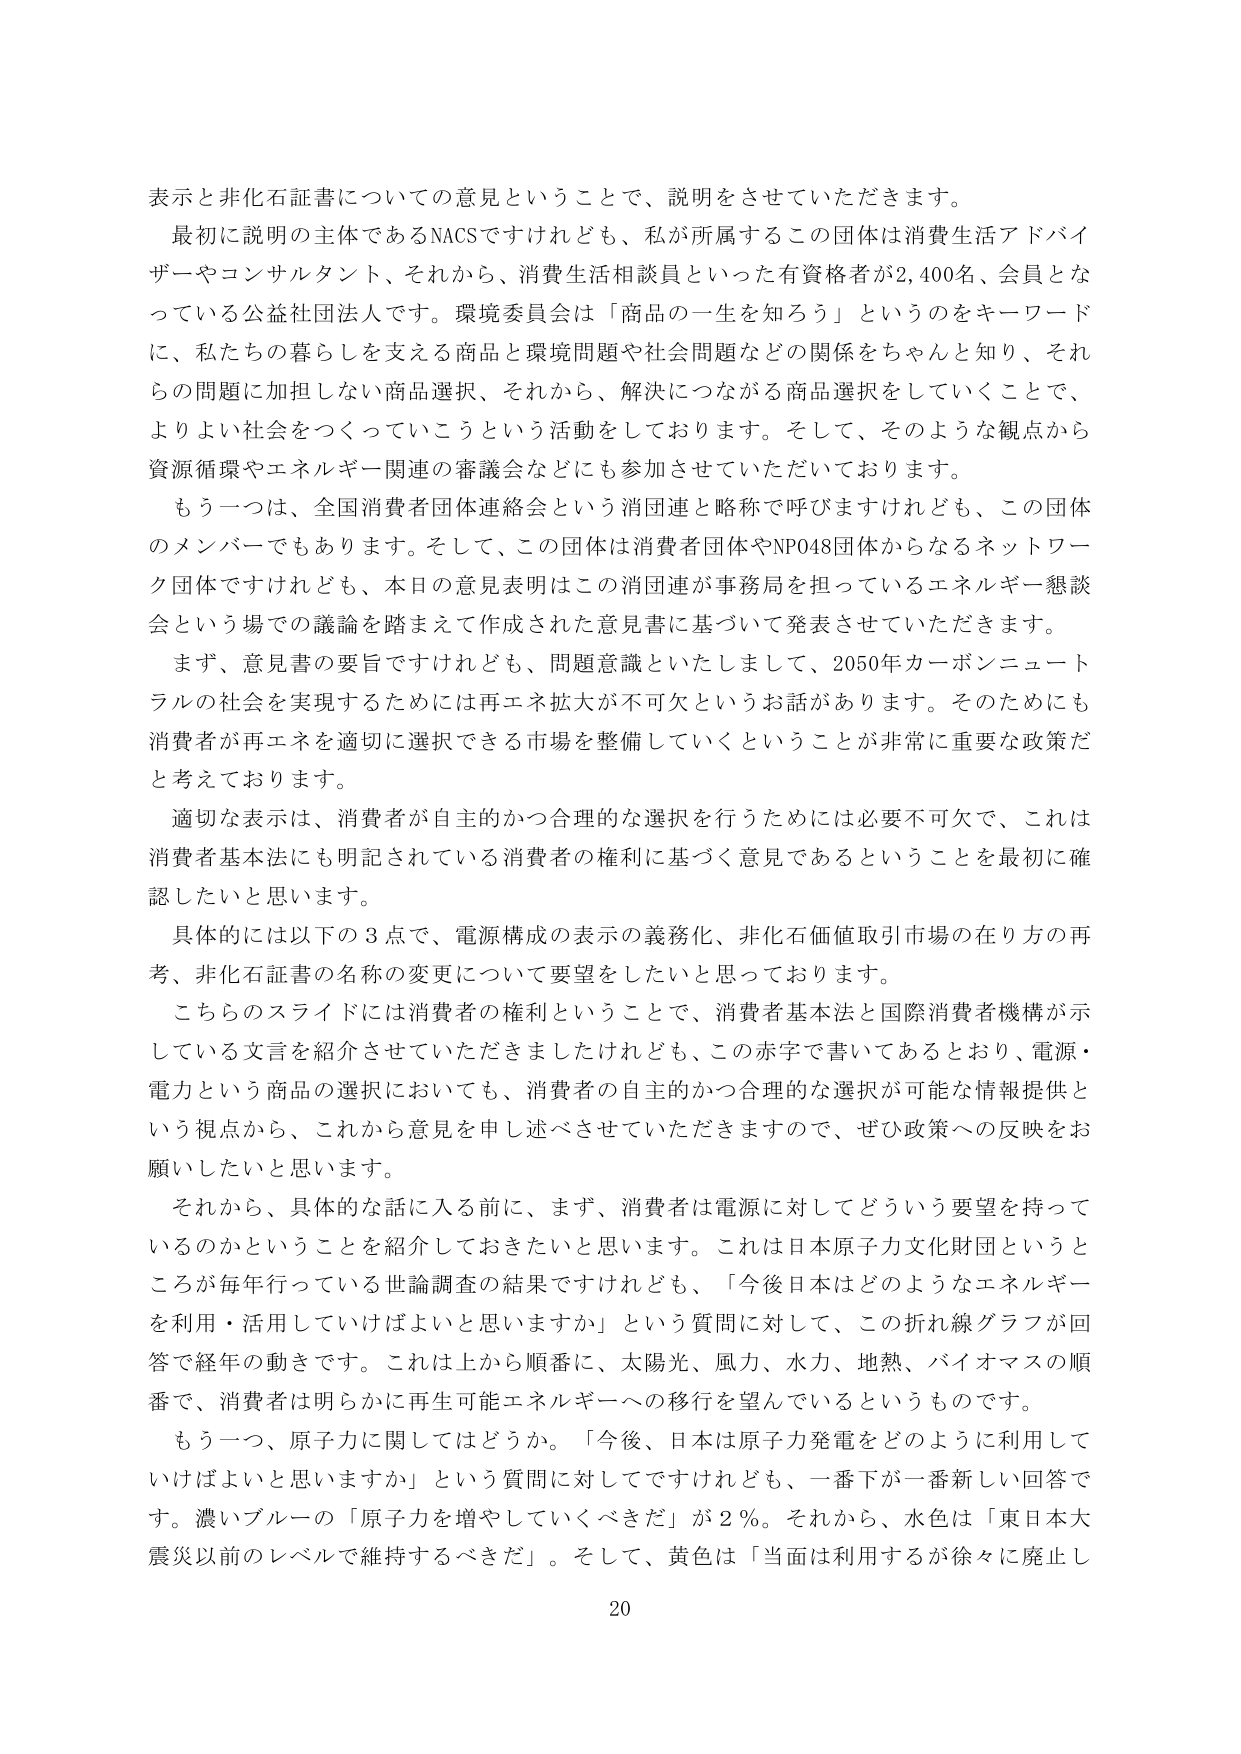
表示と非化石証書についての意見ということで、説明をさせていただきます。

最初に説明の主体であるNACSですけれども、私が所属するこの団体は消費生活アドバイザーやコンサルタント、それから、消費生活相談員といった有資格者が2,400名、会員となっている公益社団法人です。環境委員会は「商品の一生を知ろう」というのをキーワードに、私たちの暮らしを支える商品と環境問題や社会問題などの関係をちゃんと知り、それらの問題に加担しない商品選択、それから、解決につながる商品選択をしていくことで、よりよい社会をつくっていこうという活動をしております。そして、そのような観点から資源循環やエネルギー関連の審議会などにも参加させていただいております。

もう一つは、全国消費者団体連絡会という消団連と略称で呼びますけれども、この団体のメンバーでもあります。そして、この団体は消費者団体やNPO48団体からなるネットワーク団体ですけれども、本日の意見表明はこの消団連が事務局を担っているエネルギー懇談会という場での議論を踏まえて作成された意見書に基づいて発表させていただきます。

まず、意見書の要旨ですけれども、問題意識といたしまして、2050年カーボンニュートラルの社会を実現するためには再エネ拡大が不可欠というお話があります。そのためにも消費者が再エネを適切に選択できる市場を整備していくということが非常に重要な政策だと考えております。

適切な表示は、消費者が自主的かつ合理的な選択を行うためには必要不可欠で、これは消費者基本法にも明記されている消費者の権利に基づく意見であるということを最初に確認したいと思います。

具体的には以下の3点で、電源構成の表示の義務化、非化石価値取引市場の在り方の再考、非化石証書の名称の変更について要望をしたいと思っております。

こちらのスライドには消費者の権利ということで、消費者基本法と国際消費者機構が示している文言を紹介させていただきましたけれども、この赤字で書いてあるとおり、電源・電力という商品の選択においても、消費者の自主的かつ合理的な選択が可能な情報提供という視点から、これから意見を申し述べさせていただきますので、ぜひ政策への反映をお願いしたいと思います。

それから、具体的な話に入る前に、まず、消費者は電源に対してどういう要望を持っているのかということを紹介しておきたいと思います。これは日本原子力文化財団というところが毎年行っている世論調査の結果ですけれども、「今後日本はどのようなエネルギーを利用・活用していけばよいと思いますか」という質問に対して、この折れ線グラフが回答で経年の動きです。これは上から順番に、太陽光、風力、水力、地熱、バイオマスの順番で、消費者は明らかに再生可能エネルギーへの移行を望んでいるというものです。

もう一つ、原子力に関してはどうか。「今後、日本は原子力発電をどのように利用していけばよいと思いますか」という質問に対してですけれども、一番下が一番新しい回答です。濃いブルーの「原子力を増やしていくべきだ」が2％。それから、水色は「東日本大震災以前のレベルで維持するべきだ」。そして、黄色は「当面は利用するが徐々に廃止し

20